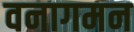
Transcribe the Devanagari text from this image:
वनागमन